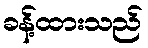
ခန့်ထားသည်